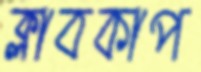
ক্লাবকাপ